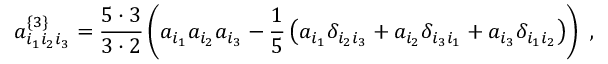
a _ { i _ { 1 } i _ { 2 } i _ { 3 } } ^ { \left\{ 3 \right\} } = \frac { 5 \cdot 3 } { 3 \cdot 2 } \left( a _ { i _ { 1 } } a _ { i _ { 2 } } a _ { i _ { 3 } } - \frac { 1 } { 5 } \left( a _ { i _ { 1 } } \delta _ { i _ { 2 } i _ { 3 } } + a _ { i _ { 2 } } \delta _ { i _ { 3 } i _ { 1 } } + a _ { i _ { 3 } } \delta _ { i _ { 1 } i _ { 2 } } \right) \right) \ ,